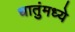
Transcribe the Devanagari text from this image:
धातुंमध्ये